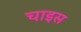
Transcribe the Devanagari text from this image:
चाइस